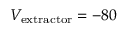
V _ { \mathrm { e x t r a c t o r } } = - 8 0